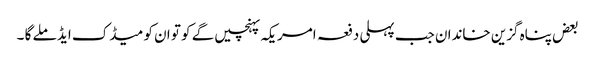
بعض پناہ گزین خاندان جب پہلی دفعہ امریکہ پہنچیں گے کو تو ان کو میڈک ایڈ ملے گا ۔